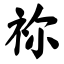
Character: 祢